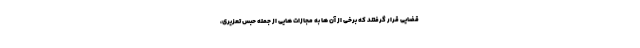
قضایی قرار گرفتند که برخی از آن ها به مجازات هایی از جمله حبس تعزیری،